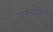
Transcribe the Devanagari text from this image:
उपसंचातील